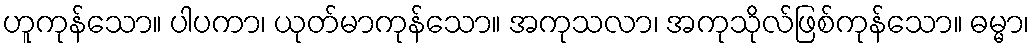
ဟူကုန်သော။ ပါပကာ၊ ယုတ်မာကုန်သော။ အကုသလာ၊ အကုသိုလ်ဖြစ်ကုန်သော။ ဓမ္မာ၊